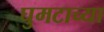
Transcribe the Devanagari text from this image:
घुमटाच्या